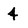
Character: 4